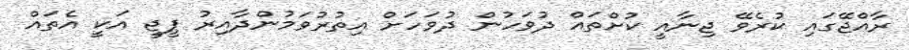
ރާއްޖޭގައި ކުރެވޭ ޖިނާއީ ކުށްތައް ދުވަހުން ދުވަހަށް އިތުރުވަމުންދާއިރު ޕީޖީ އަކީ އެތައް